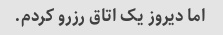
اما دیروز یک اتاق رزرو کردم.